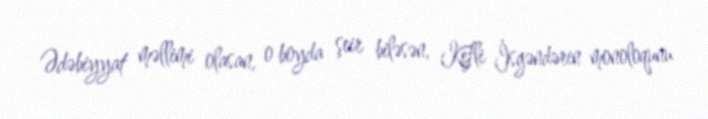
Ədəbiyyat məllimi olasan, o boyda şeir biləsən, Kefli İsgəndərin monoloqunu